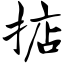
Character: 掂